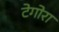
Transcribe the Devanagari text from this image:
टेगोरा